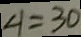
\angle 1 = 3 0